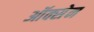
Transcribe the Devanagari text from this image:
ऑक्सेन